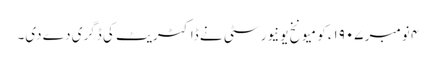
۴ نومبر ١٩٠۷ء کو میونخ یونیورسٹی نے ڈاکٹریٹ کی ڈگری دے دی۔